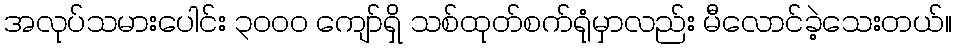
အလုပ်သမားပေါင်း ၃၀၀၀ ကျော်ရှိ သစ်ထုတ်စက်ရုံမှာလည်း မီလောင်ခဲ့သေးတယ်။